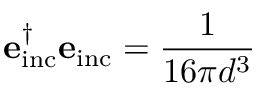
\mathbf { e } _ { \mathrm { i n c } } ^ { \dagger } \mathbf { e } _ { \mathrm { i n c } } = \frac { 1 } { 1 6 \pi d ^ { 3 } }